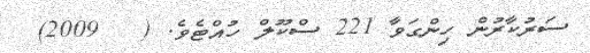
ސަރުކާރުން ހިންގަވާ 221 ސްކޫލް ހުއްޓެވެ. (   2009)